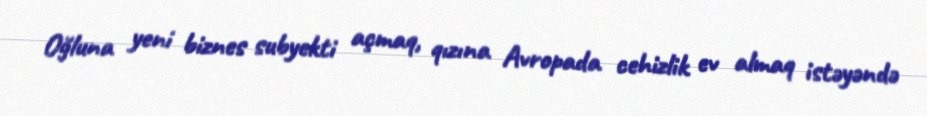
Oğluna yeni biznes subyekti açmaq, qızına Avropada cehizlik ev almaq istəyəndə